Vabadussoja_Ajaloo_Komitee, lk 19
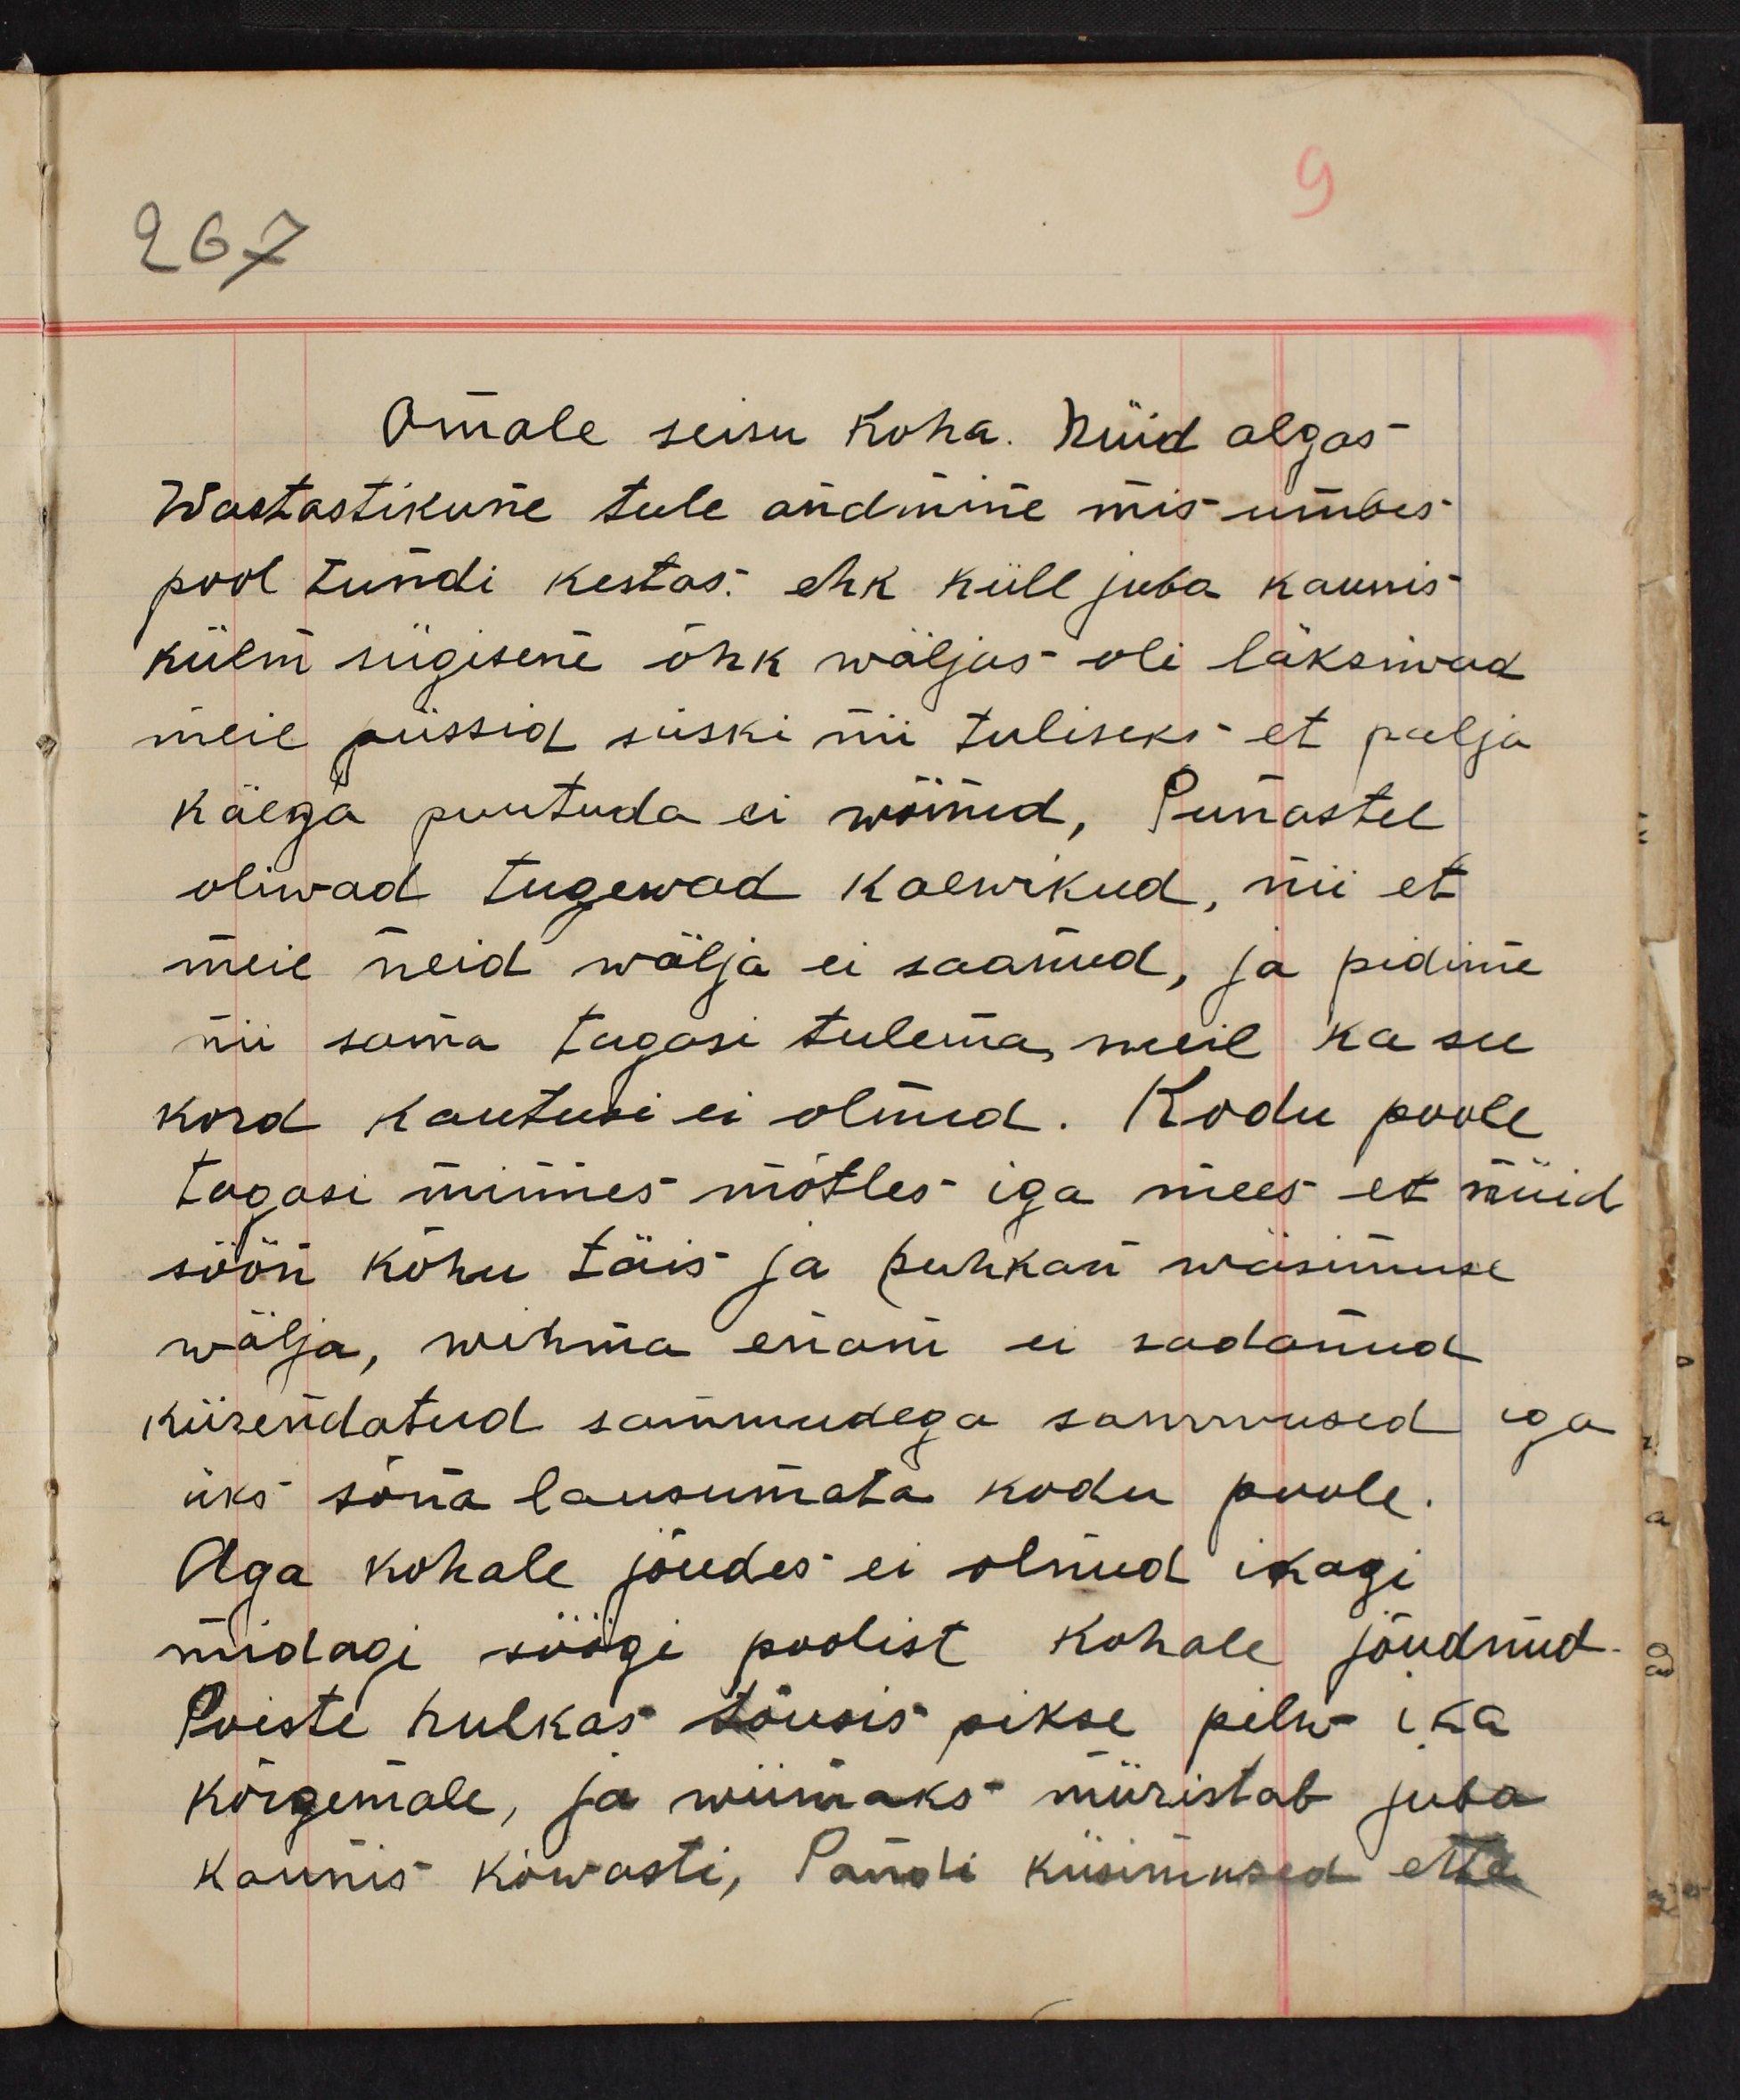
Omale seisu koha. Nüid algas
wastastikune tule andmine mis umbes
pool tundi kestas. ehk küll juba kaunis
külm sügisene õhk wäljas oli läksiwad
meie püssid siiski nii tuliseks et palja
käega puutuda ei wõinud. Punastel
oliwad tugewad kaewikud, nii et
meie neid wälja ei saanud, ja pidime
nii sama tagasi tulema, meil ka see
kord kautusi ei olnud. Kodu poole
tagasi minnes mõtles iga mees et nüid
söön kõhu täis ja puhkan wäsimuse
wälja, wihma enam ei sadanud
kiirendatud sammudega sammusid
iga
üks sõna lausumata kodu poole.
Aga kohale jõudes ei olnud ikagi
midagi söögi poolist kohale jõudnud.
Poiste hulkas töusis pikse pilw ika
kõrgemale, ja wiimaks müristab juba
kaunis kõwasti, Pandi küsimused ette